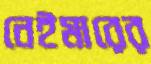
নেইমারের